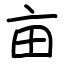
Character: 亩